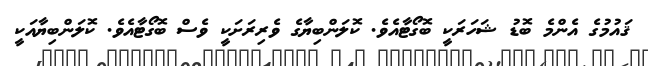
ޤައުމުގެ އެންމެ ބޮޑު ޝަހަރަކީ ބޮގޯޓާއެވެ. ކޮލަންބިޔާގެ ވެރިރަށަކީ ވެސް ބޮގޯޓާއެވެ. ކޮލަންބިޔާއަކީ